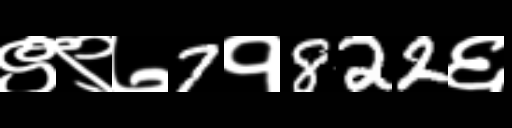
Text: ९९७7१822६